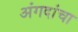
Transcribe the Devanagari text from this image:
अंगदांचा